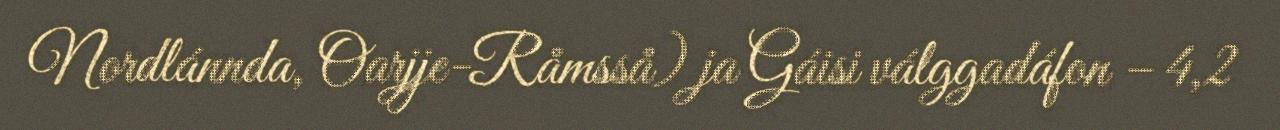
Nordlánnda, Oarjje-Råmsså) ja Gáisi válggadáfon – 4,2